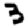
Digit: 3